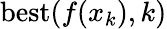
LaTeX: \mathrm{best}(f(x_{k}),k)